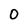
Character: O